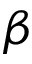
\beta